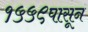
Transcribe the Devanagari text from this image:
१५५९पासून